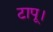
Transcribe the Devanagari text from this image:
टापू।